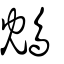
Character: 鴆